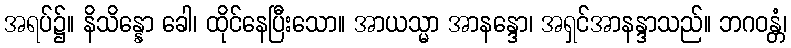
အရပ်၌။ နိသိန္နော ခေါ၊ ထိုင်နေပြီးသော။ အာယသ္မာ အာနန္ဒော၊ အရှင်အာနန္ဒာသည်။ ဘဂဝန္တံ၊